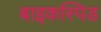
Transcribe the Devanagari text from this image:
बाइकस्पिड